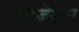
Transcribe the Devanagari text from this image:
काज़ेशन